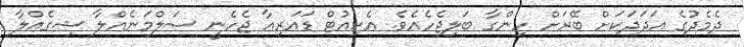
ދެމެދުގެ އަދަދަކަށް ބޭރަށް ހިންގާ ބަލިޖެހެއެވެ. އެކިއުޓް ޑައަރިއާ ޖެހެނީ ސަލްމަނެއްލާ ޝިގެއްލާ